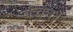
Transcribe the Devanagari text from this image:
वंचन।